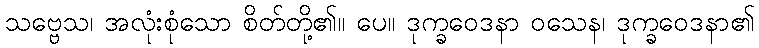
သဗ္ဗေသ၊ အလုံးစုံသော စိတ်တို့၏။ ပေ။ ဒုက္ခဝေဒနာ ဝသေန၊ ဒုက္ခဝေဒနာ၏